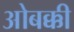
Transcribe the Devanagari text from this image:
ओबक्की